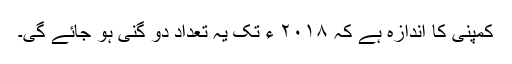
کمپنی کا اندازہ ہے کہ ۲۰۱۸ ء تک یہ تعداد دو گنی ہو جائے گی۔